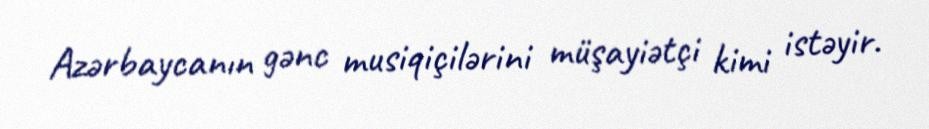
Azərbaycanın gənc musiqiçilərini müşayiətçi kimi istəyir.